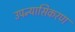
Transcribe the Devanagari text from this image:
उपन्यासिकरण